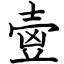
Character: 㚃